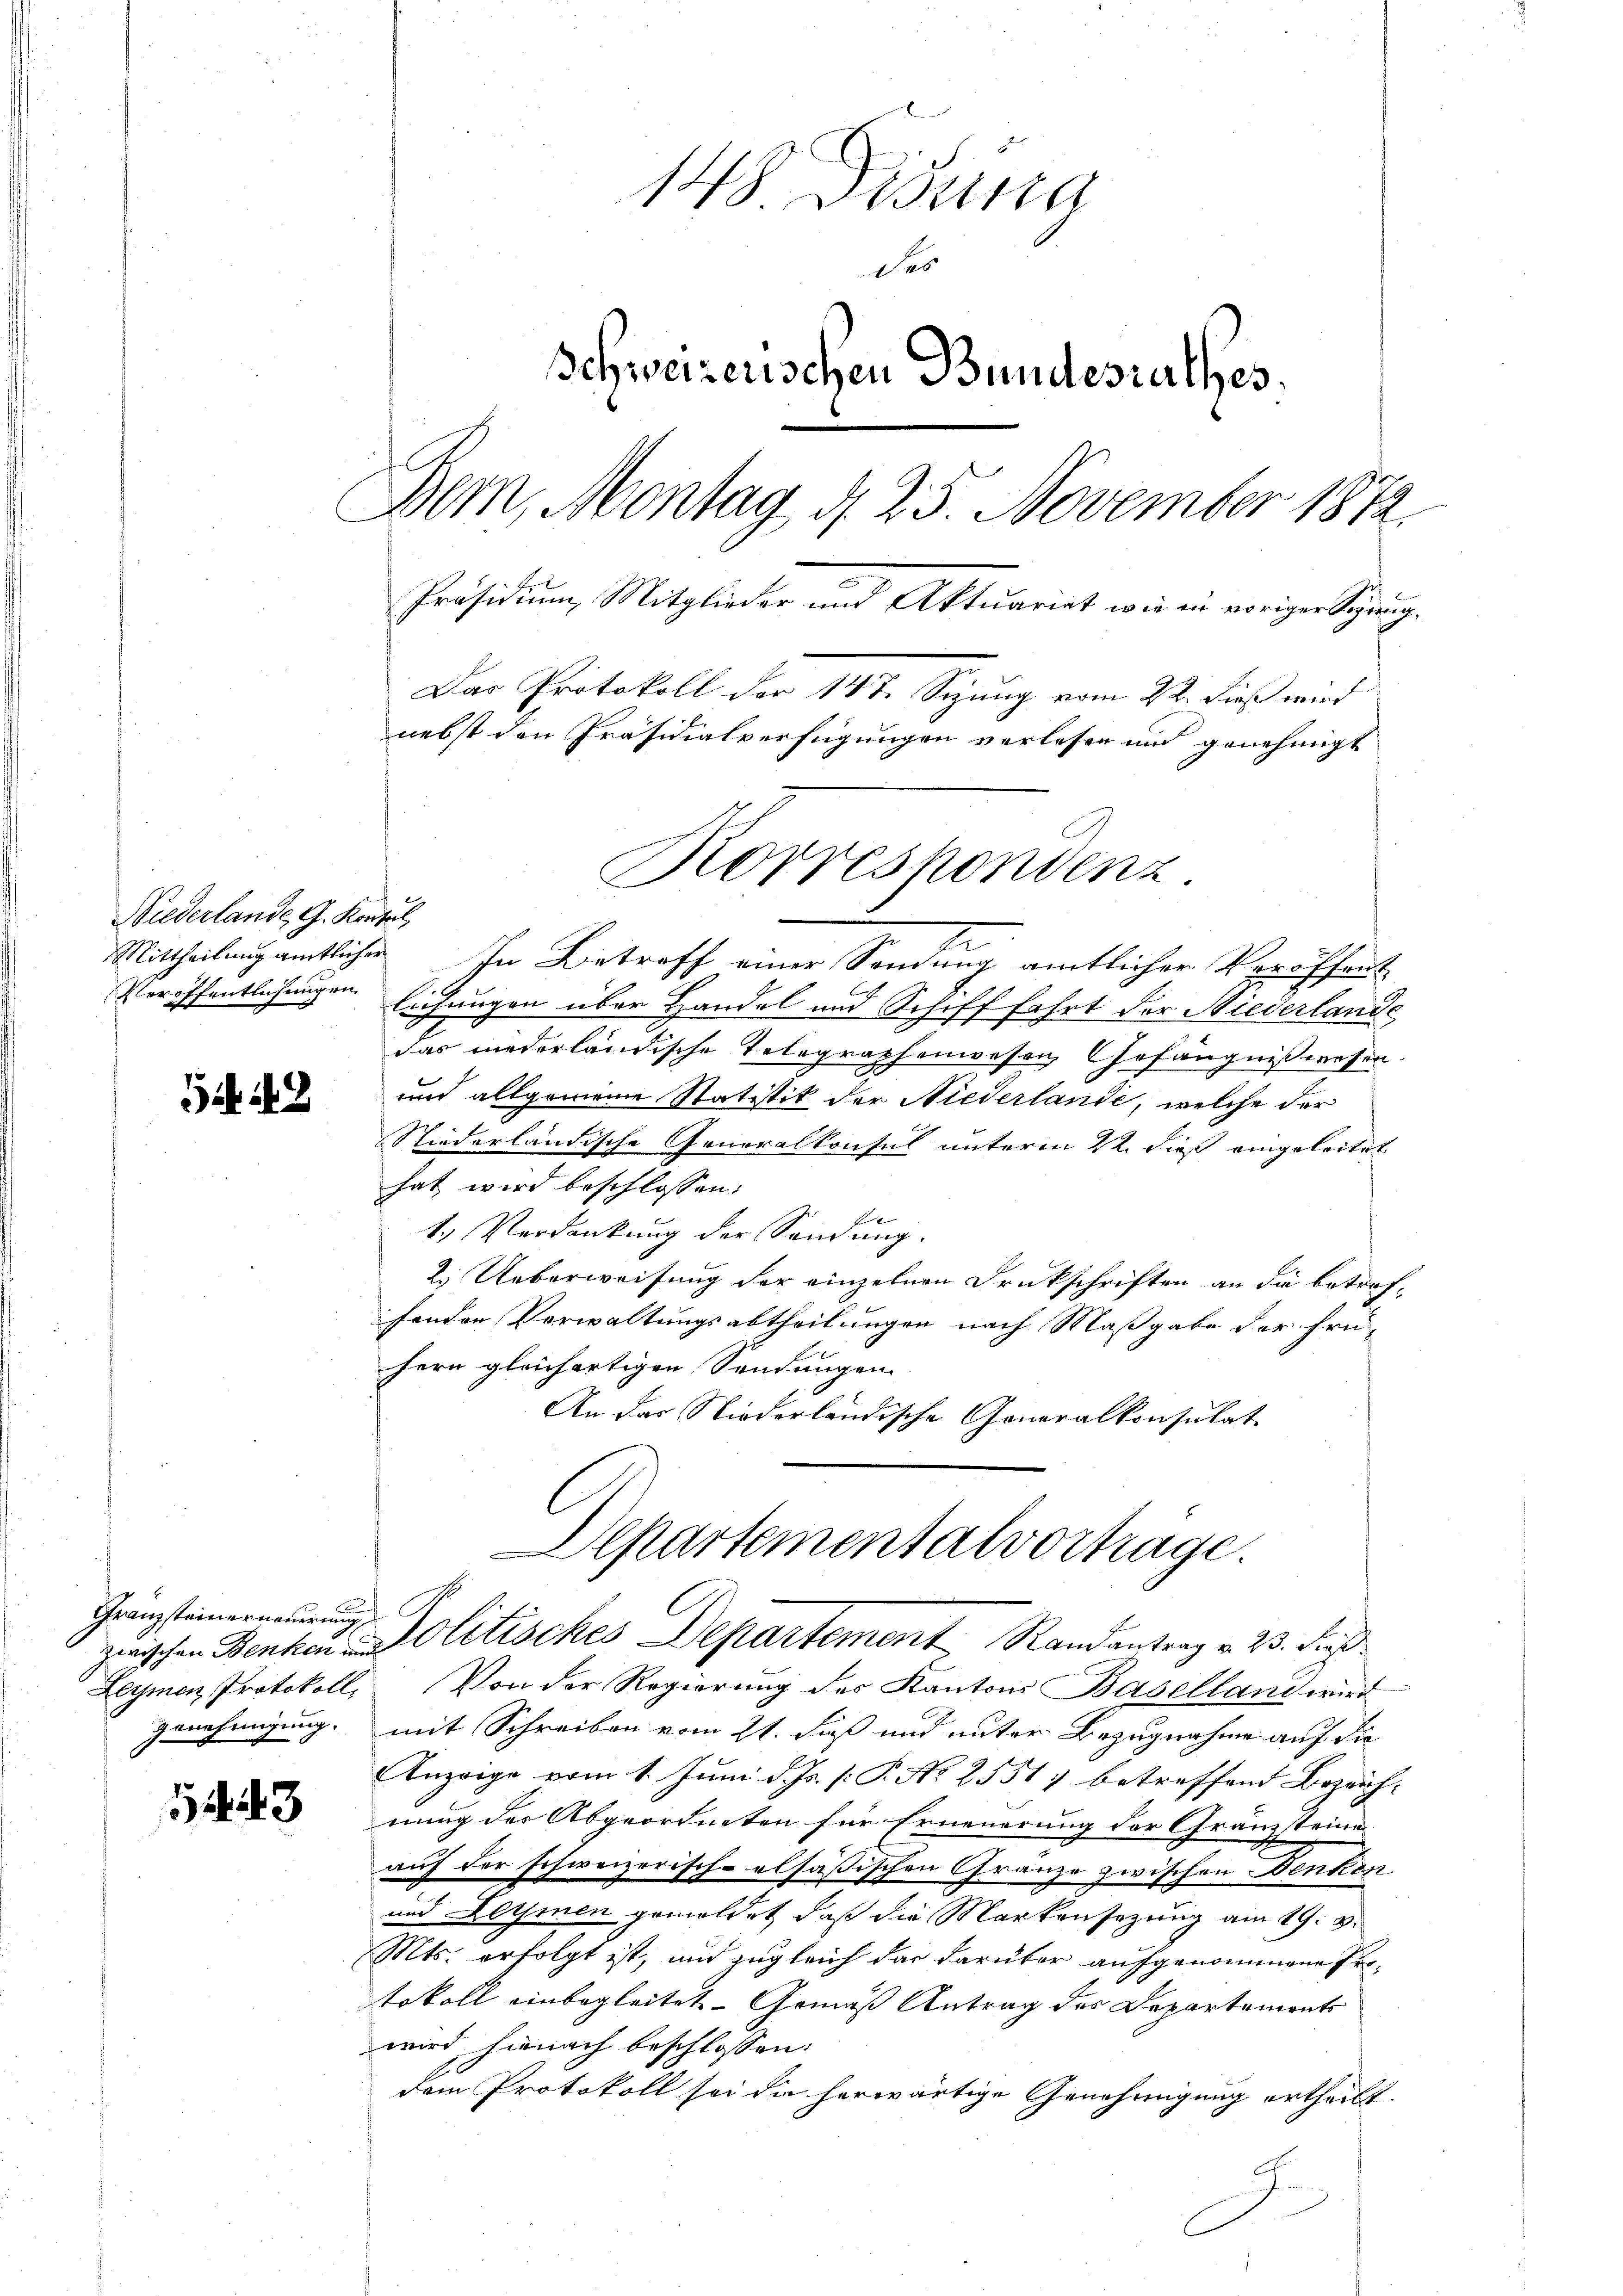
Niederlande G. Kontul

Si 148

Granzsteinerneuerung
Leymen, Protokoll

1443

148 Disena
Da
Schweizerischen Bundesrathes.
Bem, Montag, d. 25. November 1872.
Präsidium, Mitglieder und Aktuariat wie in voriger Sprug¬
Das Protokoll der 14 t Sizung vom 22. dieß wird
nebst den Präsidialverfügungen verlesen und genehmigt

Korrespondenz.

Mittheilung amtlicher In Betreff einer Sendung amtlicher Veröffent
Veröffentlichungen Eichungen über Handel und Schiff fahrt der Niederlande
das niederländische Telegraphenwesen Gefängnißwesen.
und allgemeine Statistik der Niederlande, welche der
Niederländische Generalkonsul unterm 2ten dieß eingeleitet
hat wird beschlossen:
f
1.) Verdankung der Sendung.
2.) Ueberweisung der einzelnen Druckschriften an die betreffenden Verwaltungsabtheilungen nach Maßgabe der frü-
chern gleichartigen Sendungen
An das Niederländische Generalkonsulat
Departementalvortrage.
C
zwischen Benten Politisches Departement Randantrag v. 23. dieß
Von der Regierung des Kantons Baselland wird
genehmigung, mit Schreiben vom 21. Fuß und unter Bezugnahme auf die
Anzeige vom 1. Juni d. Js. [: P. Nr. 2551) betreffend Bezeichnung des Abgeordneten für Erneuerung der Gränzsteinen
auf der schweizerisch-alsäßischen Granze zwischen Denken
und Leimen gemeldet, daß die Markensezung am 19. v.
Mts. erfolgt ist, und zugleich das darüber aufgenommene Ertokoll einbegleitet. Gemäß Antrag des Departemonts
wird hienach beschlossen:
dem Protokoll sei da herwärtige Genehmigung ertheilt.
.